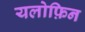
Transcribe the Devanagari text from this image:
यलोफ़िन